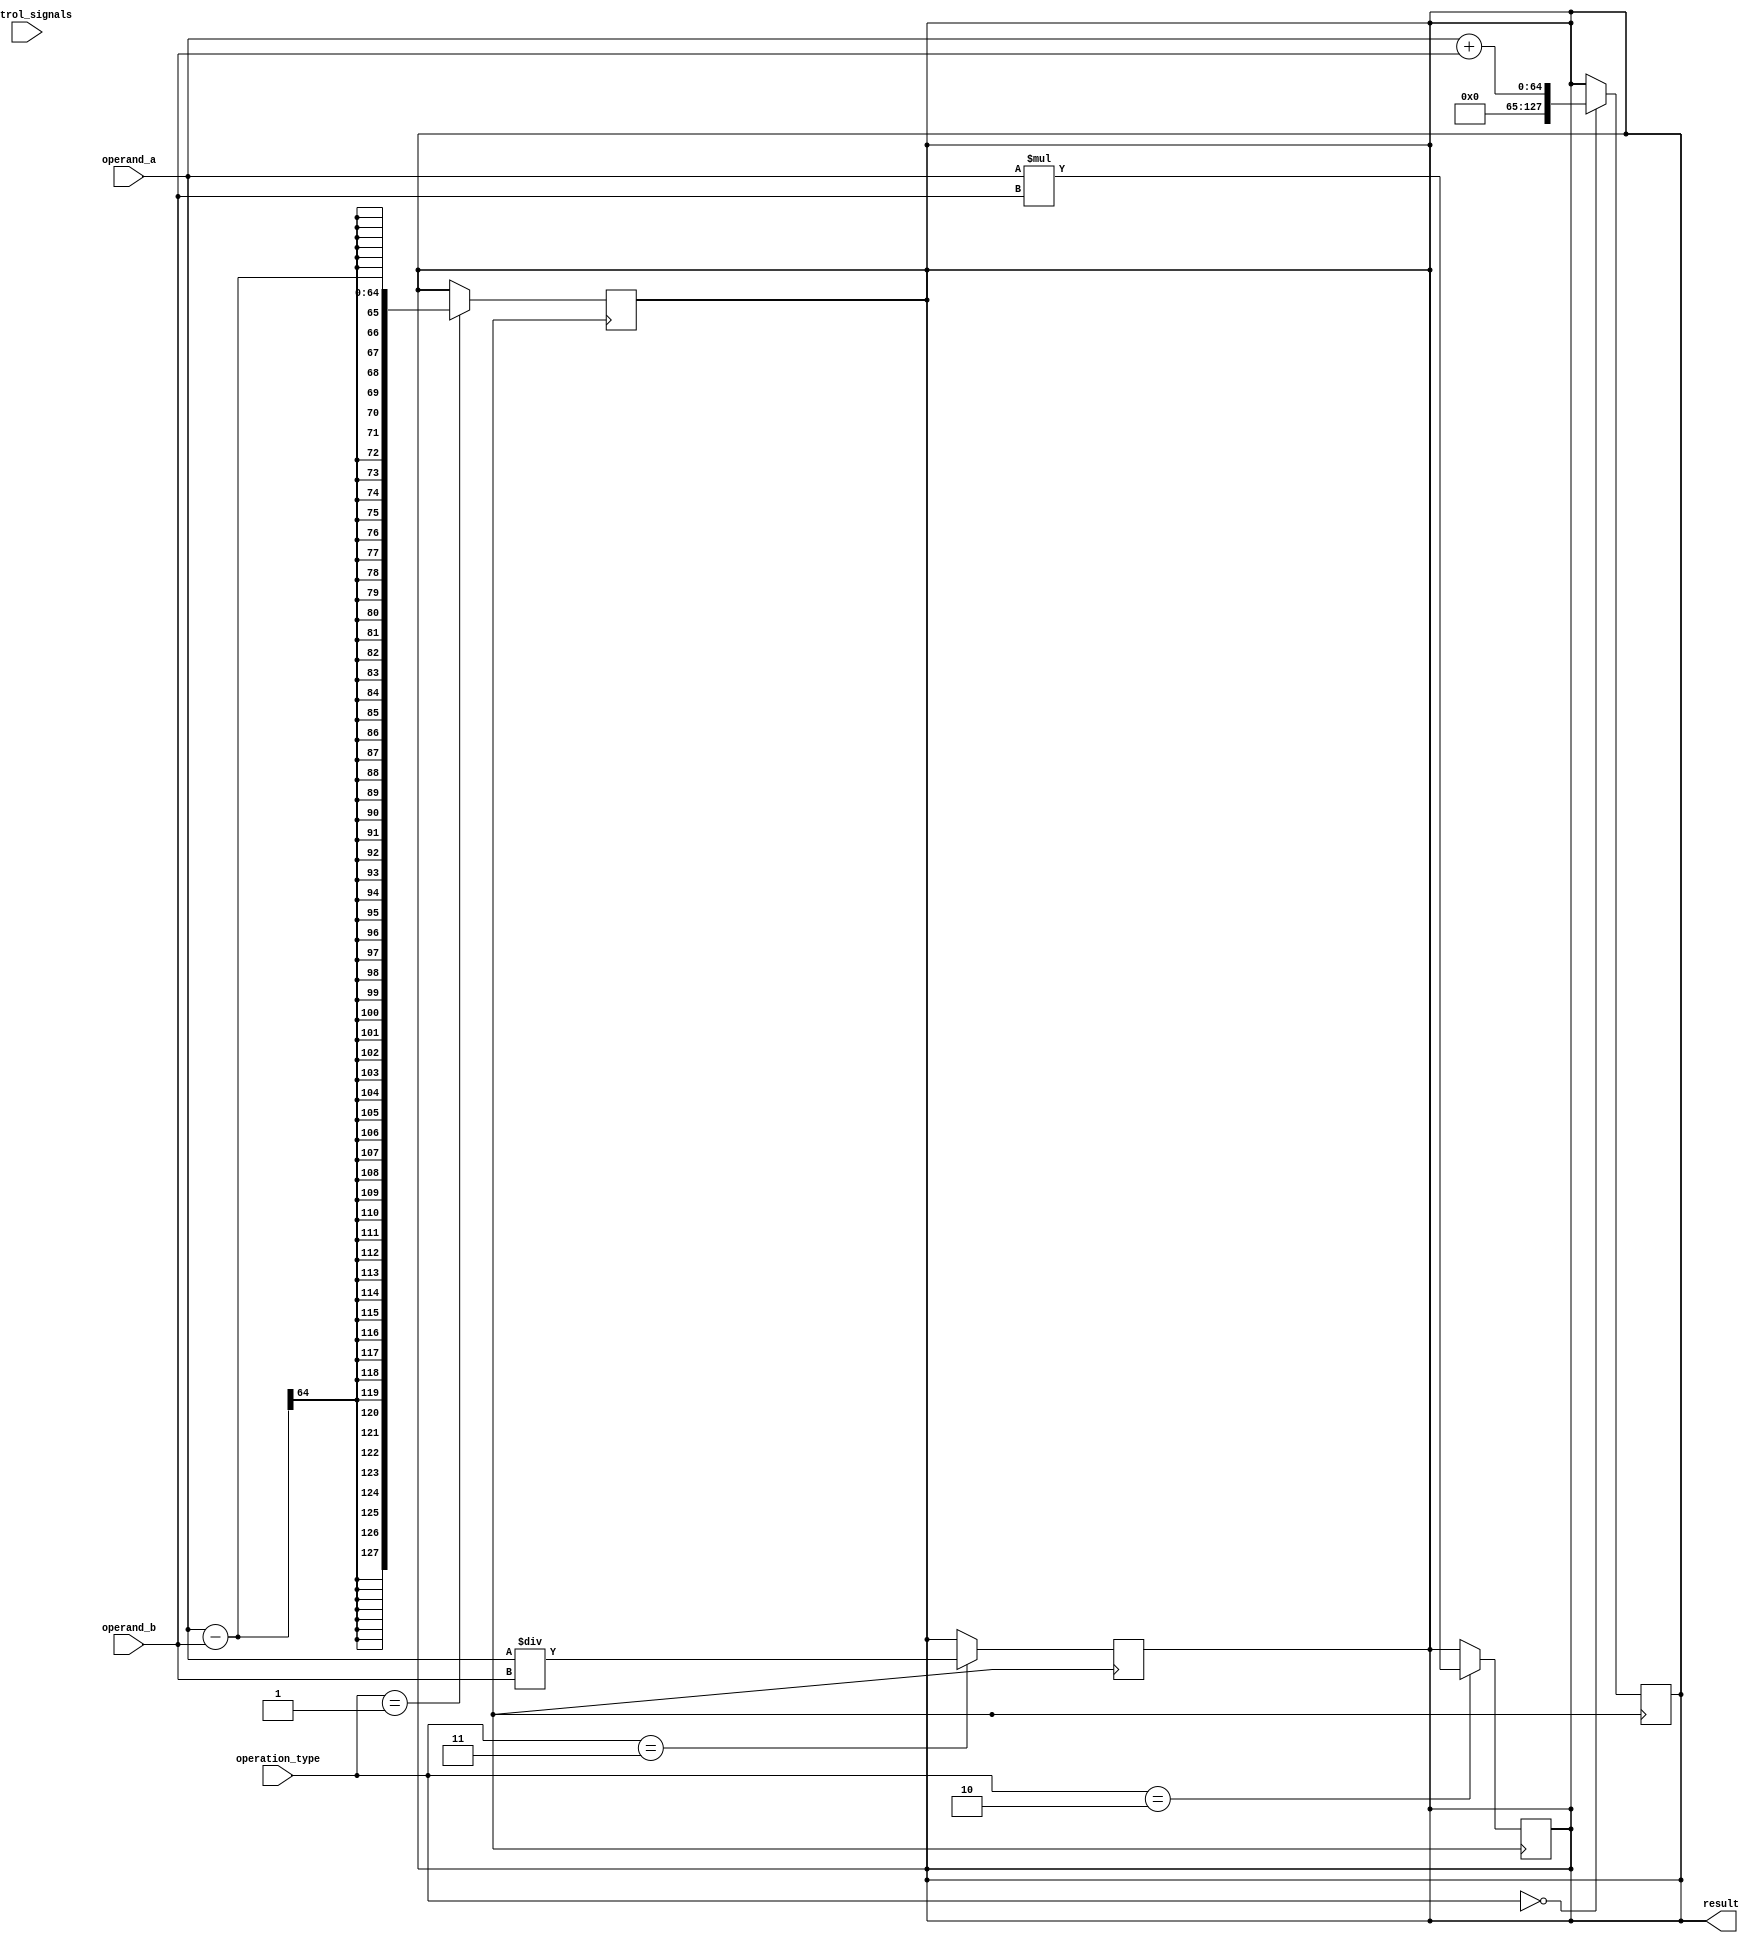
module extended_precision_floating_point_unit (
    input wire [63:0] operand_a,
    input wire [63:0] operand_b,
    input wire [2:0] operation_type,
    input wire [3:0] control_signals,
    output reg [127:0] result
);

// Adder block
always @(posedge clk) begin
    if(operation_type == 3'b000) begin
        result <= operand_a + operand_b;
    end
end

// Subtractor block
always @(posedge clk) begin
    if(operation_type == 3'b001) begin
        result <= operand_a - operand_b;
    end
end

// Multiplier block
always @(posedge clk) begin
    if(operation_type == 3'b010) begin
        result <= operand_a * operand_b;
    end
end

// Divider block
always @(posedge clk) begin
    if(operation_type == 3'b011) begin
        result <= operand_a / operand_b;
    end
end

// Control signals for special cases
always @(posedge clk) begin
    case(control_signals)
        4'b0000: ; // No special cases
        4'b0001: ; // Handle overflow
        4'b0010: ; // Handle underflow
        // Add more special cases as needed
    endcase
end

endmodule